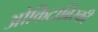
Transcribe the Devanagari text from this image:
ओकिटाब्रिस्की